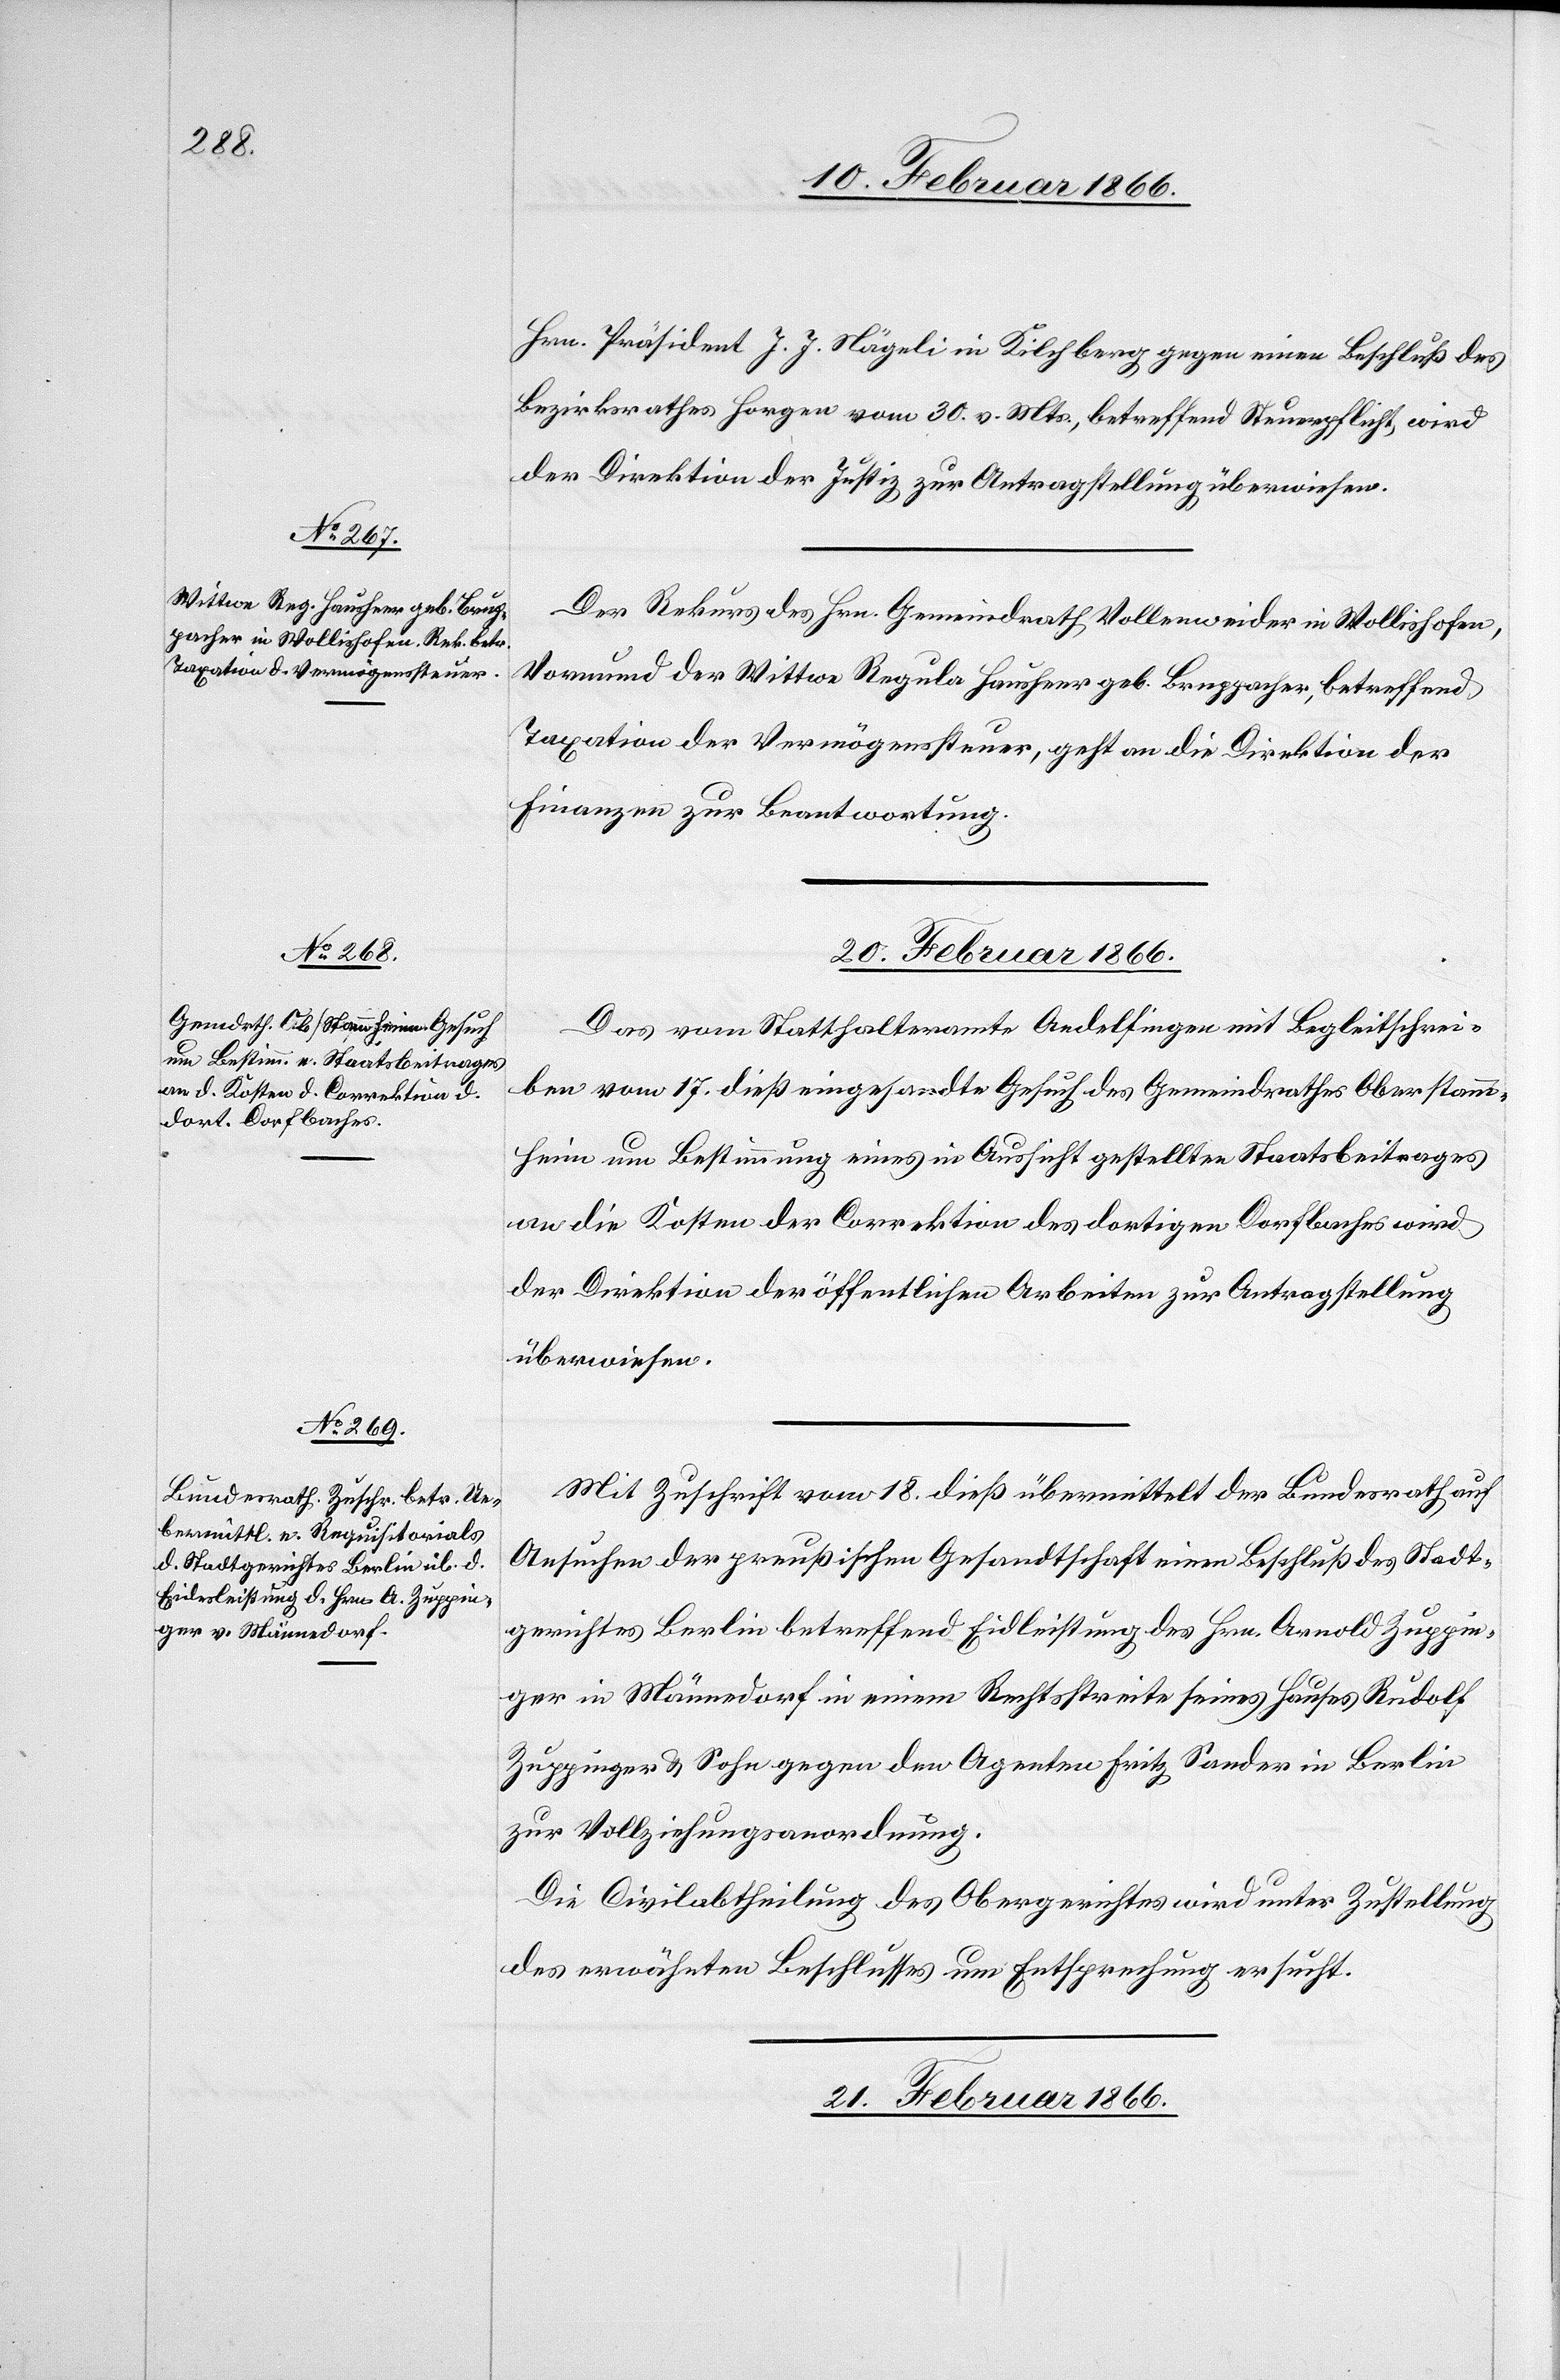
Hrn. Präsident J. J. Nägeli in Kilchberg gegen einen Beschluß des
Bezirksrathes Horgen vom 30. v. Mts., betreffend Steuerpflicht, wird
der Direktion der Justiz zur Antragstellung überwiesen.
Der Rekurs des Hrn. Gemeindrath Vollenweider in Wollishofen,
Vormund der Wittwe Regula Hausherr geb. Bruppacher, betreffend
Taxation der Vermögenssteuer, geht an die Direktion der
Finanzen zur Beantwortung.
20. Februar 1866.]
Das vom Statthalteramte Andelfingen mit Begleitschrei¬
ben vom 17. dieß eingesandte Gesuch des Gemeindrathes Oberstamm¬
heim um Bestimmung eines in Aussicht gestellten Staatsbeitrages
an die Kosten der Correktion des dortigen Dorfbaches wird
der Direktion der öffentlichen Arbeiten zur Antragstellung
überwiesen.
Mit Zuschrift vom 18. dieß übermittelt der Bundesrath auf
Ansuchen der preußischen Gesandtschaft einen Beschluß des Stadt¬
gerichtes Berlin betreffend Eidleistung des Hrn. Arnold Zuppin¬
ger in Männedorf in einem Rechtsstreite seines Hauses Rudolf
Zuppinger u. Sohn gegen den Agenten Fritz Sander in Berlin
zur Vollziehungsanordnung.
Die Civilabtheilung des Obergerichtes wird unter Zustellung
des erwähnten Beschlusses um Entsprechung ersucht.
21. Februar 1866.